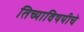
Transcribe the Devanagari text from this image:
तिच्याविषयीचे